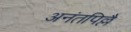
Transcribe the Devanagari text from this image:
अनंतपिल्लै